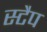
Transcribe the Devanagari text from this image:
स्टैप